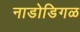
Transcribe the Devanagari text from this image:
नाडोडिगळ